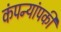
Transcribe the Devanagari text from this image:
कंपन्यांपकी